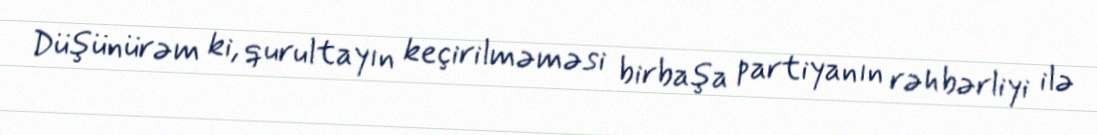
Düşünürəm ki, qurultayın keçirilməməsi birbaşa partiyanın rəhbərliyi ilə